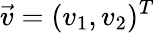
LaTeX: \vec{v}=(v_{1},v_{2})^{T}